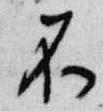
不